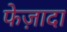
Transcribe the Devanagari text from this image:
फेज़ादा